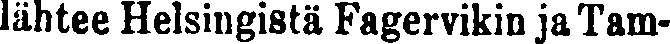
lähtee Helsingistä Fagervikin ja Tam-